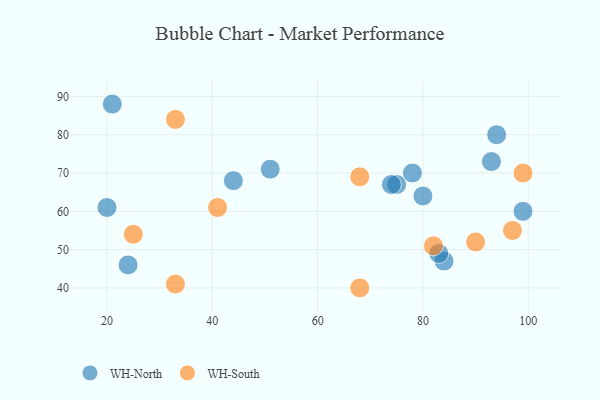
{"axis": {"x": "GDP", "y": "Life Expectancy"}, "legend": ["WH-North", "WH-South"], "data": [{"x": "75", "y": 67, "type": "WH-North"}, {"x": "78", "y": 70, "type": "WH-North"}, {"x": "21", "y": 88, "type": "WH-North"}, {"x": "84", "y": 47, "type": "WH-North"}, {"x": "99", "y": 60, "type": "WH-North"}, {"x": "83", "y": 49, "type": "WH-North"}, {"x": "51", "y": 71, "type": "WH-North"}, {"x": "44", "y": 68, "type": "WH-North"}, {"x": "74", "y": 67, "type": "WH-North"}, {"x": "93", "y": 73, "type": "WH-North"}, {"x": "80", "y": 64, "type": "WH-North"}, {"x": "24", "y": 46, "type": "WH-North"}, {"x": "94", "y": 80, "type": "WH-North"}, {"x": "20", "y": 61, "type": "WH-North"}, {"x": "99", "y": 70, "type": "WH-South"}, {"x": "82", "y": 51, "type": "WH-South"}, {"x": "97", "y": 55, "type": "WH-South"}, {"x": "68", "y": 69, "type": "WH-South"}, {"x": "33", "y": 84, "type": "WH-South"}, {"x": "33", "y": 41, "type": "WH-South"}, {"x": "25", "y": 54, "type": "WH-South"}, {"x": "90", "y": 52, "type": "WH-South"}, {"x": "68", "y": 40, "type": "WH-South"}, {"x": "41", "y": 61, "type": "WH-South"}]}